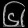
Digit: ၆